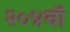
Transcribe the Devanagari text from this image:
२०४वॉ